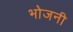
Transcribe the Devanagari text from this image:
भोजनी